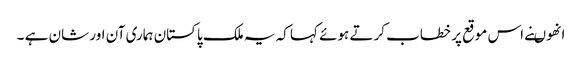
انھوںنے اس موقع پر خطاب کرتے ہوئے کہا کہ یہ ملک پاکستان ہماری آن اور شان ہے ۔